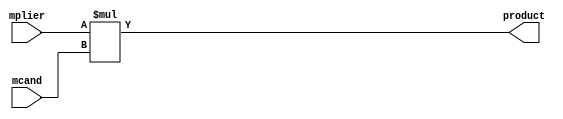
module mult_comb_16x16
  (input  [15:0] mplier,
   input  [15:0] mcand,
   output [31:0] product);
  wire [31:0] n1_o;
  wire [31:0] n2_o;
  wire [31:0] n3_o;
  assign product = n3_o;
  /* src/mult_comb_nxn.vhd:17:50  */
  assign n1_o = {16'b0, mplier};  //  uext
  /* src/mult_comb_nxn.vhd:17:50  */
  assign n2_o = {16'b0, mcand};  //  uext
  /* src/mult_comb_nxn.vhd:17:50  */
  assign n3_o = n1_o * n2_o; // umul
endmodule